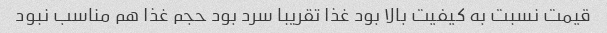
قیمت نسبت به کیفیت بالا بود غذا تقریبا سرد بود حجم غذا هم مناسب نبود